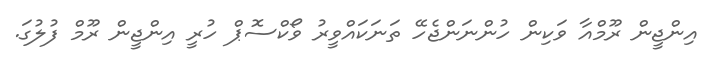
އިންޖީން ރޫމްއާ ވަކިން ހުންނަންޖެހޭ ތަނަކައްވީރު ވޯކްސޮޕް ހުރީ އިންޖީން ރޫމް ފުލުގަ.